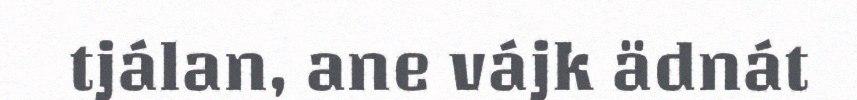
tjálan, ane vájk ädnát